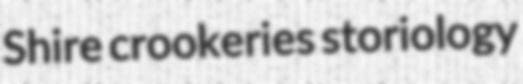
Shire crookeries storiology